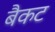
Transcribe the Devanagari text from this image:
बैकट